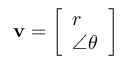
\mathbf { v } = \left[ { \begin{array} { l } { r } \\ { \angle \theta } \end{array} } \right]